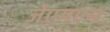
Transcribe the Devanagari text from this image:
जेएमएम